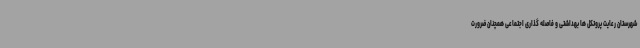
شهرستان رعایت پروتکل ها بهداشتی و فاصله گذاری اجتماعی همچنان ضرورت